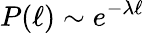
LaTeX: P(\ell)\sim e^{-\lambda\ell}